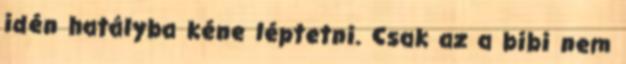
idén hatályba kéne léptetni. Csak az a bibi nem